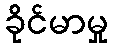
ခိုင်မာမှု